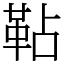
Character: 䩞